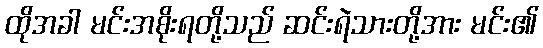
ထိုအခါ မင်းအစိုးရတို့သည် ဆင်းရဲသားတို့အား မင်း၏